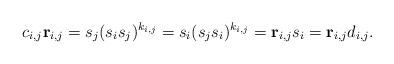
LaTeX: \begin{align*}c_{i,j}\mathbf{r}_{i,j} = s_{j}(s_is_j)^{k_{i,j}} = s_i(s_js_i)^{k_{i,j}} = \mathbf{r}_{i,j}s_i = \mathbf{r}_{i,j}d_{i,j}.\end{align*}